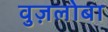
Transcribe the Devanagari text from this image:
वुज़लोबा